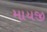
માયજી